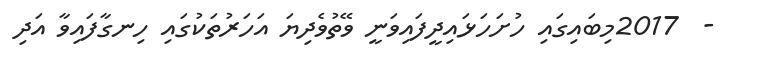
-  2017މިބައިގައި ހުށަހަޅައިދީފައިވަނީ ވޭތުވެދިޔަ އަހަރުތަކުގައި ހިނގާފައިވާ އަދި